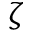
\zeta